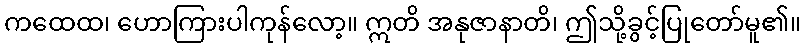
ကထေထ၊ ဟောကြားပါကုန်လော့။ ဣတိ အနုဇာနာတိ၊ ဤသို့ခွင့်ပြုတော်မူ၏။